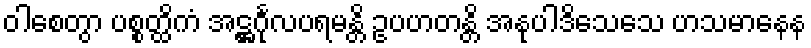
ဝါစေတွာ ပစ္စတ္ထိကံ အဋ္ဌင်္ဂုလပရမန္တိ ဥပဟတန္တိ အနုပါဒိသေသေ ဟသမာနေန